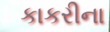
કાકરીના